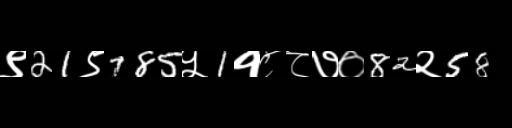
Text: ९21९785५1१८८७०82२58